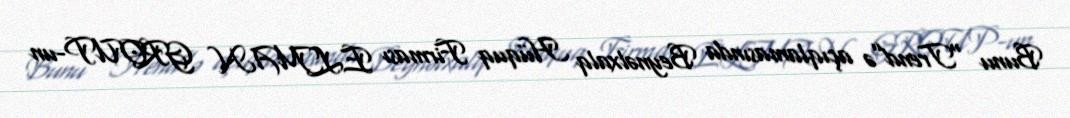
Bunu “Trend”ə açıqlamasında Beynəlxalq Hüquq Firması ELMAN GROUP-un